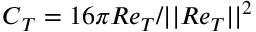
\boldsymbol { C } _ { T } = 1 6 \pi \boldsymbol { R e } _ { T } / | | \boldsymbol { R e } _ { T } | | ^ { 2 }